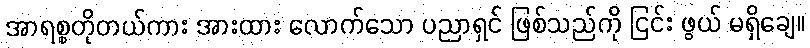
အာရစ္စတိုတယ်ကား အားထား လောက်သော ပညာရှင် ဖြစ်သည်ကို ငြင်း ဖွယ် မရှိချေ။